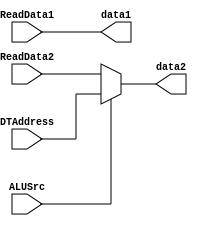
`timescale 1ns / 1ps
//////////////////////////////////////////////////////////////////////////////////
// Company: 
// Engineer: 
// 
// Design Name: 
// Module Name: ALU_mux
// Project Name: 
// Target Devices: 
// Tool Versions: 
// Description: 
// 
// Dependencies: 
// 
// Revision:
// Revision 0.01 - File Created
// Additional Comments:
// 
//////////////////////////////////////////////////////////////////////////////////


module ALU_mux(ReadData1, ReadData2, ALUSrc, DTAddress,data1, data2);

    input [63:0]ReadData1, ReadData2, DTAddress;
    input ALUSrc;
    output [63:0]data1, data2;
    
    assign data1 = ReadData1;
    assign data2 = (ALUSrc == 1) ? DTAddress : ReadData2;

endmodule